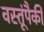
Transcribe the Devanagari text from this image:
वस्तूंपैकी